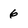
Character: 6